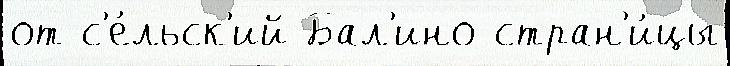
от с'е́льск'ий Бал'ино стран'и́цы